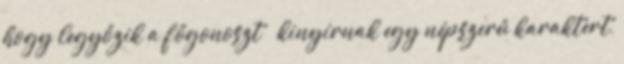
hogy legyőzik a főgonoszt kinyírnak egy népszerű karaktert,